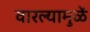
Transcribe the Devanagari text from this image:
वारल्यामुळें